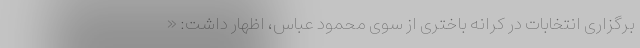
برگزاری انتخابات در کرانه باختری از سوی محمود عباس، اظهار داشت: «